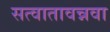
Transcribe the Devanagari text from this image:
सत्वातावन्नवा